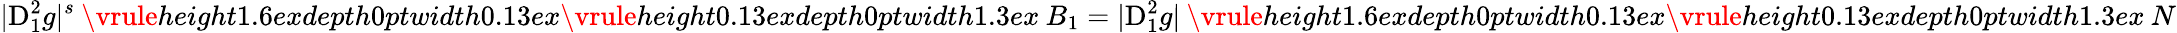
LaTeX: |{\mathrm{D}}_{1}^{2}g|^{s}\mathbin{\vrule height1.6exdepth0ptwidth0.13ex\vrule height0.13exdepth0ptwidth1.3ex}B_{1}=|{\mathrm{D}}_{1}^{2}g|\mathbin{\vrule height1.6exdepth0ptwidth0.13ex\vrule height0.13exdepth0ptwidth1.3ex}N